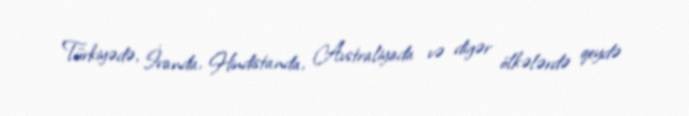
Türkiyədə, İranda, Hindistanda, Avstraliyada və digər ölkələrdə qeydə